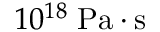
1 0 ^ { 1 8 } \; \mathrm { P a \cdot s }